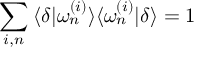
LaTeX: \sum _ { i , n } \: \langle \delta | \omega _ { n } ^ { ( i ) } \rangle \langle \omega _ { n } ^ { ( i ) } | \delta \rangle = 1